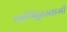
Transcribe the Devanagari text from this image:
फणिंद्रास्वामी